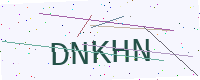
Text: DNKHN